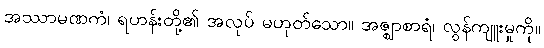
အဿာမဏကံ၊ ရဟန်းတို့၏ အလုပ် မဟုတ်သော။ အဇ္ဈာစာရံ၊ လွန်ကျူးမှုကို။